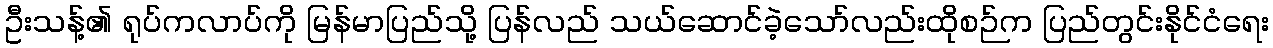
ဦးသန့်၏ ရုပ်ကလာပ်ကို မြန်မာပြည်သို့ ပြန်လည် သယ်ဆောင်ခဲ့သော်လည်းထိုစဉ်က ပြည်တွင်းနိုင်ငံရေး